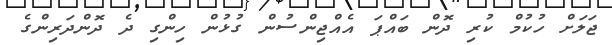
ޖަލަށް ހުކުމް ކުރި ދޮން ބައްޕަ އެއްޖިންސުން ގުޅުން ހިންގި ދެ ދޮންދަރިންގެ